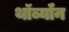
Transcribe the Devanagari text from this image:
थॉर्ब्यॉन